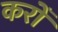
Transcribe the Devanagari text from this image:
करोँ